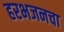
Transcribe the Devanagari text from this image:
हरभजनचा